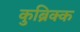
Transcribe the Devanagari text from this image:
कुब्रिक्क